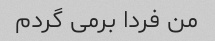
من فردا برمی گردم